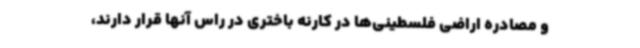
و مصادره اراضی فلسطینی‌ها در کارنه باختری در راس آنها قرار دارند،